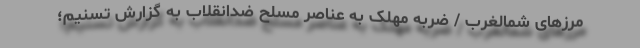
مرزهای شمالغرب / ضربه مهلک‌ به عناصر مسلح ضد‌انقلاب به گزارش تسنیم؛